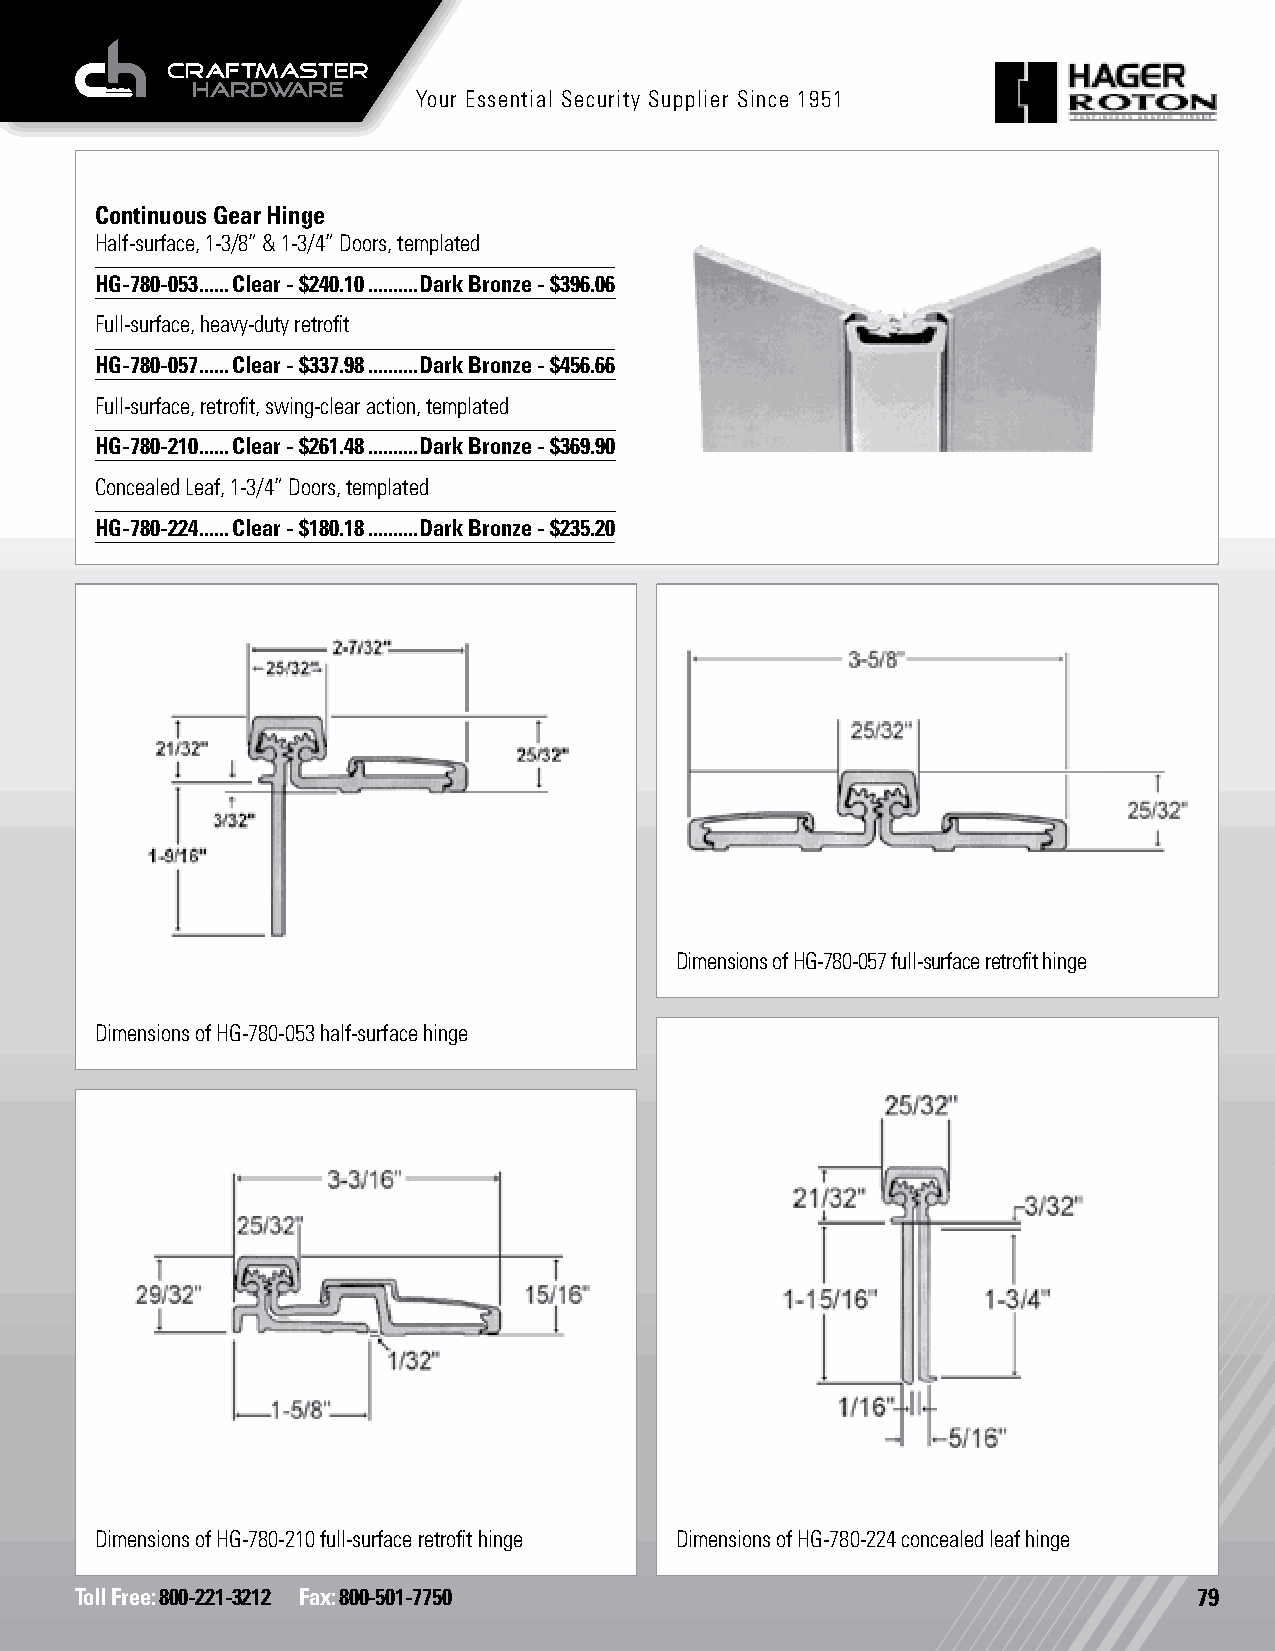
Your Essential Security Supplier Since 1951
 Continuous Gear Hinge
 Half-surface, 1-3/8” & 1-3/4” Doors, templated
 HG-780-053 ......Clear - $240.10 ..........Dark Bronze - $396.06
 Full-surface, heavy-duty retrofit
 HG-780-057 ......Clear - $337.98 ..........Dark Bronze - $456.66
 Full-surface, retrofit, swing-clear action, templated
 HG-780-210 ......Clear - $261.48 ..........Dark Bronze - $369.90
 Concealed Leaf, 1-3/4” Doors, templated
 HG-780-224 ......Clear - $180.18 ..........Dark Bronze - $235.20
 Dimensions of HG-780-057 full-surface retrofit hinge
 Dimensions of HG-780-053 half-surface hinge
 Dimensions of HG-780-210 full-surface retrofit hinge Dimensions of HG-780-224 concealed leaf hinge
 Toll Free: 800-221-3212 Fax: 800-501-7750                                 79